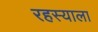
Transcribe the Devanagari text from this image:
रहस्याला